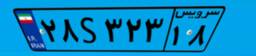
۵۲S۹۲۰۳۱